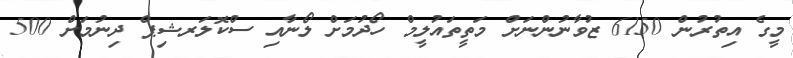
މީގެ އިތުރުން 6150 ޒުވާނުންނަށް މަތީތައުލީމް ހޯދުމަށް ލޯނާއި ސްކޮލަރޝިޕް ދިނުމަށް 500